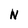
Character: N